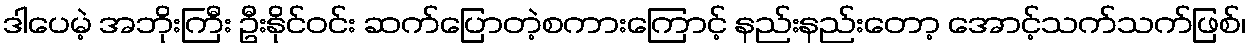
ဒါပေမဲ့ အဘိုးကြီး ဦးနိုင်ဝင်း ဆက်ပြောတဲ့စကားကြောင့် နည်းနည်းတော့ အောင့်သက်သက်ဖြစ်၊